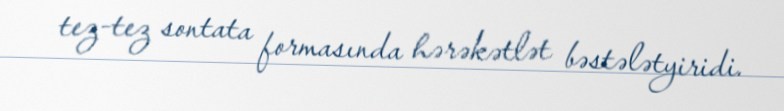
tez-tez sontata formasında hərəkətlət bəstələtyiridi.